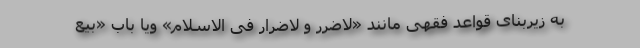
به زیربنای قواعد فقهی مانند «لاضرر و لاضرار فی الاسلام» ویا باب «بیع